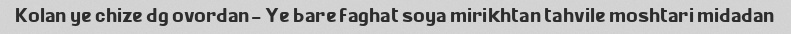
Kolan ye chize dg ovordan- Ye bare faghat soya mirikhtan tahvile moshtari midadan